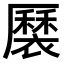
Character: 𧝏